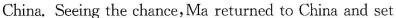
China. Seeing the chance, Ma returned to China and set